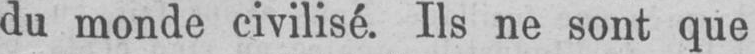
du monde civilisé. Ils ne sont que